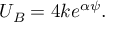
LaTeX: U _ { B } = 4 k e ^ { \alpha \psi } .